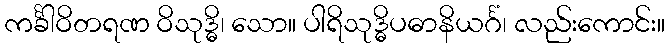
ကင်္ခါဝိတရဏ ဝိသုဒ္ဓိ၊ သော။ ပါရိသုဒ္ဓိပဓာနိယင်္ဂံ၊ လည်းကောင်း။